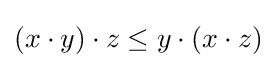
(x\cdot y)\cdot z\leq y\cdot (x\cdot z)